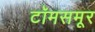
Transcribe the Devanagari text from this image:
टॉमसमूर